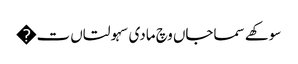
سوکھے سماجاں وچ مادی سہولتاں ت�